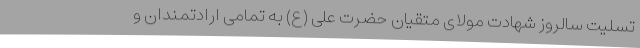
تسلیت سالروز شهادت مولای متقیان حضرت علی (ع) به تمامی ارادتمندان و